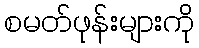
စမတ်ဖုန်းများကို